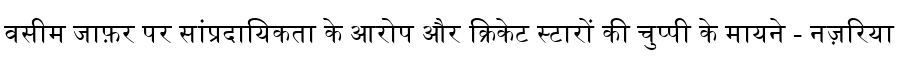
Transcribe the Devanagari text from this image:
वसीम जाफ़र पर सांप्रदायिकता के आरोप और क्रिकेट स्टारों की चुप्पी के मायने - नज़रिया